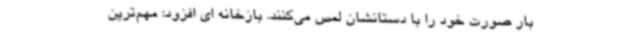
بار صورت خود را با دستانشان لمس می‌کنند. بازخانه ای افزود: مهم‌ترین